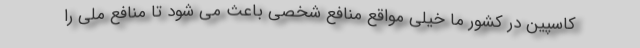
کاسپین در کشور ما خیلی مواقع منافع شخصی باعث می شود تا منافع ملی را